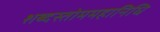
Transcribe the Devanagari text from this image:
शब्दस्तोममहानिधि